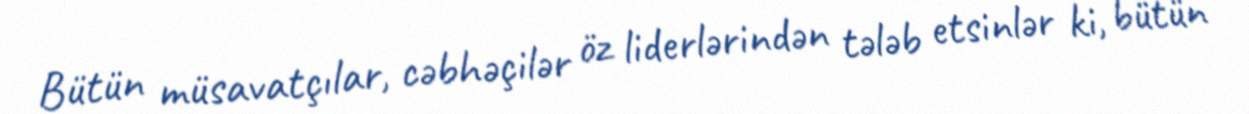
Bütün müsavatçılar, cəbhəçilər öz liderlərindən tələb etsinlər ki, bütün